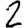
Digit: 2